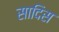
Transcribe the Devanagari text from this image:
सादिस